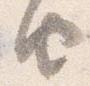
由